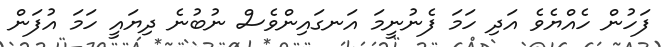
ފަހުން ހެއްޔެވެ އަދި ހަމަ ފެނުނީމަ އަނގައިންވެސް ނުބުނެ ދިޔައީ ހަމަ އުފަން